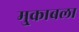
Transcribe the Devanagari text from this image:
मु्काबला